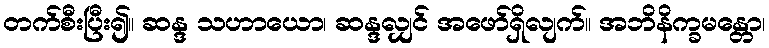
တက်စီးပြီး၍။ ဆန္ဒ သဟာယော၊ ဆန္ဒလျှင် အဖော်ရှိလျက်။ အဘိနိက္ခမန္တော၊